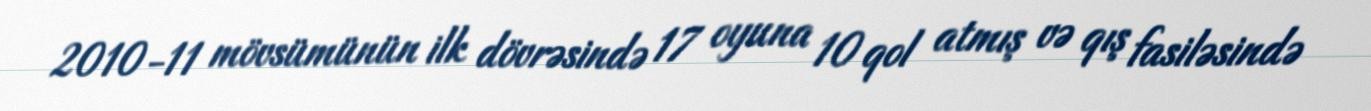
2010-11 mövsümünün ilk dövrəsində 17 oyuna 10 qol atmış və qış fasiləsində